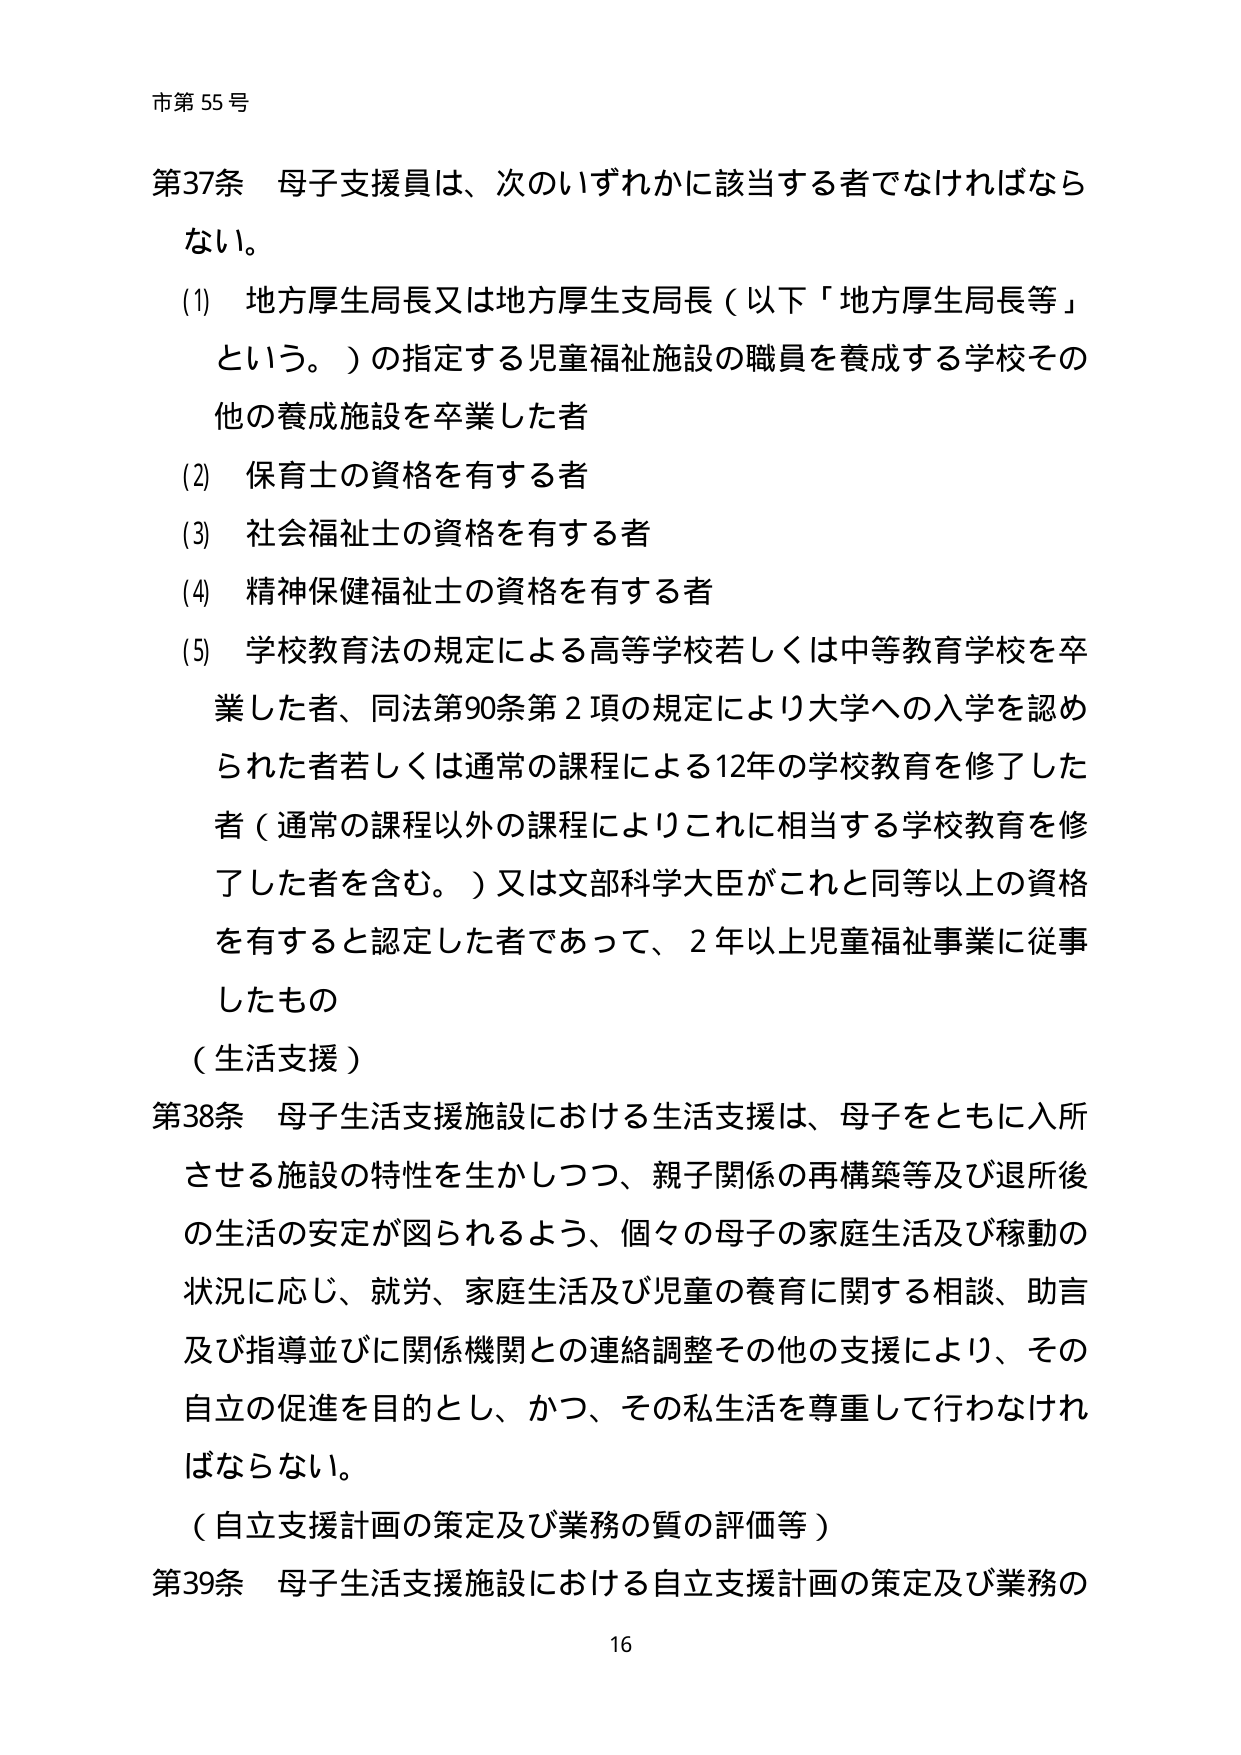
市第55号

第37条 母子支援員は、次のいずれかに該当する者でなければならない。
(1) 地方厚生局長又は地方厚生支局長（以下「地方厚生局長等」という。）の指定する児童福祉施設の職員を養成する学校その他の養成施設を卒業した者
(2) 保育士の資格を有する者
(3) 社会福祉士の資格を有する者
(4) 精神保健福祉士の資格を有する者
(5) 学校教育法の規定による高等学校若しくは中等教育学校を卒業した者、同法第90条第2項の規定により大学への入学を認められた者若しくは通常の課程による12年の学校教育を修了した者（通常の課程以外の課程によりこれに相当する学校教育を修了した者を含む。）又は文部科学大臣がこれと同等以上の資格を有すると認定した者であって、2年以上児童福祉事業に従事したもの

（生活支援）

第38条 母子生活支援施設における生活支援は、母子をともに入所させる施設の特性を生かしつつ、親子関係の再構築等及び退所後の生活の安定が図られるよう、個々の母子の家庭生活及び稼動の状況に応じ、就労、家庭生活及び児童の養育に関する相談、助言及び指導並びに関係機関との連絡調整その他の支援により、その自立の促進を目的とし、かつ、その私生活を尊重して行わなければならない。

（自立支援計画の策定及び業務の質の評価等）

第39条 母子生活支援施設における自立支援計画の策定及び業務の

16